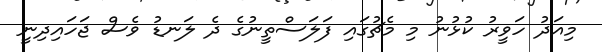
މިއަދު ހަވީރު ކުޅުނު މި މެޗުގައި ފަލަސްތީނުގެ ދެ ލަނޑު ވެސް ޖަހައިދިނީ